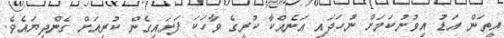
އީތަން އަޑު އިވުނުކަމަށް ނުހަދައި އަނެއްކާ ކުރީގެ ވާހަކަ ފަށައިގެން ކުރިއަށް ގެންދިޔައެވެ.